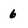
Character: 6